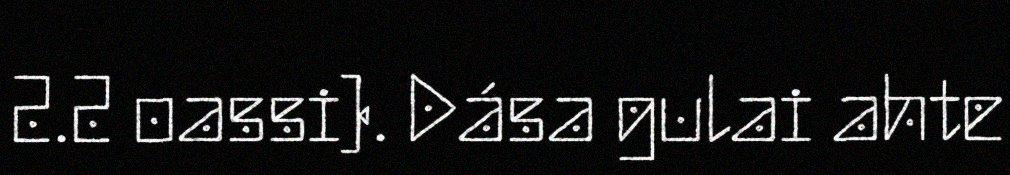
2.2 oassi). Dása gulai ahte